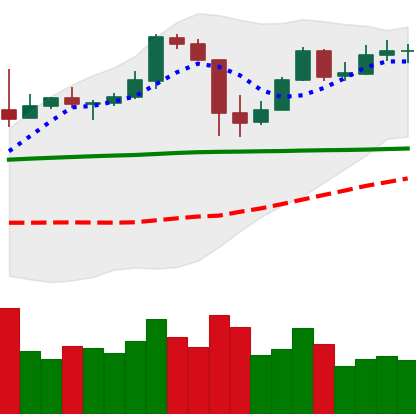
Ticker: BTC-USD
Chart end date: 2020-05-19
Forward return: -9.648%
Label: down_7plus